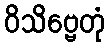
ဝိသိဗ္ဗေတုံ